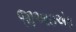
જીઆઇએફ